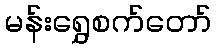
မန်းရွှေစက်တော်